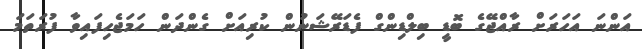
އަންނަ އަހަރަށް ރާއްޖޭގެ ބޮޑީ ބިލްޑިންގް ފެޑަރޭޝަނުން ކުރިއަށް ގެންދަން ހަމަޖެހިފައިވާ ފުރަތަމަ